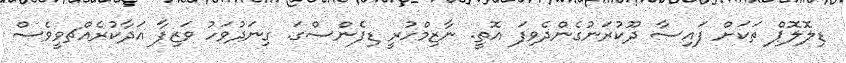
ޑިލޮލޮޕް ތަކަށް ފައިސާ ދޫކުރަނުގެންދެވިފަ އޮތީ. ނާޒިމްހުރީ ޑިފެންސްގަ. ގިނަދުވަހު ވަޒިފާ އަދާކުރެއްޗވީވެސް